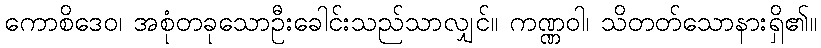
ကောစိဒေဝ၊ အစုံတခုသောဦးခေါင်းသည်သာလျှင်။ ကဏ္ဏဝါ၊ သိတတ်သောနားရှိ၏။